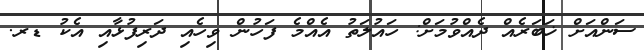
ސަންއަށް ޚަބަރެއް ދެއްވުމަށް: ހައުލަތު އެއްމެ ފަހުން ވިހެއި ދަރިފުޅާއި އެކު ޑރ.